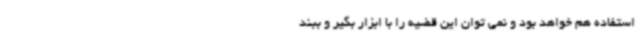
استفاده هم خواهد بود و نمی توان این قضیه را با ابزار بگیر و ببند